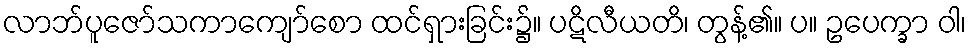
လာဘ်ပူဇော်သကာကျော်စော ထင်ရှားခြင်း၌။ ပဋိလီယတိ၊ တွန့်၏။ ပ။ ဥပေက္ခာ ဝါ၊